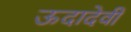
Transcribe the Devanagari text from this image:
ऊदादेवी